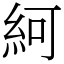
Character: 䋍